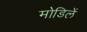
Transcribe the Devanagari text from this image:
मोडिलें